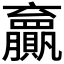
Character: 𫎣